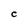
Character: C